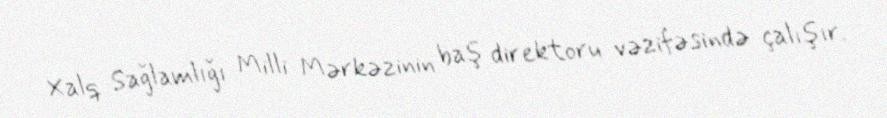
Xalq Sağlamlığı Milli Mərkəzinin baş direktoru vəzifəsində çalışır.